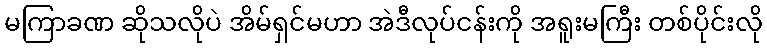
မကြာခဏ ဆိုသလိုပဲ အိမ်ရှင်မဟာ အဲဒီလုပ်ငန်းကို အရူးမကြီး တစ်ပိုင်းလို